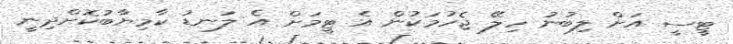
ޓީސީ އަށް ލިބުނު ހިލޭ ޖެހުމަކުން އެ ޓީމަށް އެ ލަނޑު ކާމިޔާބުކޮށްދިނީ